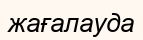
жағалауда